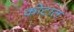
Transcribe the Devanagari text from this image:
कोटात